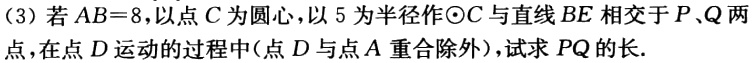
(3) 若\(AB = 8\)，以点\(C\)为圆心，以\(5\)为半径作\(\odot C\)与直线\(BE\)相交于\(P\)、\(Q\)两点，在点\(D\)运动的过程中(点\(D\)与点\(A\)重合除外)，试求\(PQ\)的长.